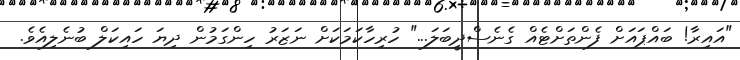
"އައިރާ! ބައްޕައަށް ފެންތަށްޓެއް ގެނެސްދީބަލަ..." ހުރިހާކަމަކަށް ނަޒަރު ހިންގަމުން ދިޔަ ހައިކަލް ބުނެލިއެވެ.